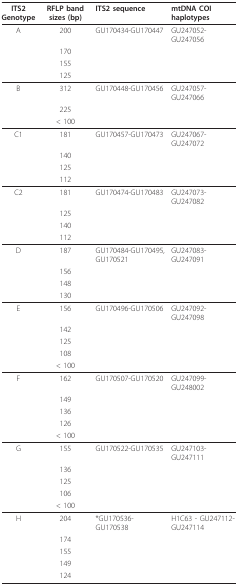
| ITS2Genotype | RFLP band sizes (bp) | ITS2 sequence | mtDNA COI haplotypes |
 | --- | --- | --- | --- |
 | A | 200 | GU170434-GU170447 | GU247052-GU247056 |
 |  | 170 |  |  |
 |  | 155 |  |  |
 |  | 125 |  |  |
 | B | 312 | GU170448-GU170456 | GU247057-GU247066 |
 |  | 225 |  |  |
 |  | < 100 |  |  |
 | C1 | 181 | GU170457-GU170473 | GU247067-GU247072 |
 |  | 140 |  |  |
 |  | 125 |  |  |
 |  | 112 |  |  |
 | C2 | 181 | GU170474-GU170483 | GU247073-GU247082 |
 |  | 125 |  |  |
 |  | 140 |  |  |
 |  | 112 |  |  |
 | D | 187 | GU170484-GU170495, GU170521 | GU247083-GU247091 |
 |  | 156 |  |  |
 |  | 148 |  |  |
 |  | 130 |  |  |
 | E | 156 | GU170496-GU170506 | GU247092-GU247098 |
 |  | 142 |  |  |
 |  | 125 |  |  |
 |  | 108 |  |  |
 |  | < 100 |  |  |
 | F | 162 | GU170507-GU170520 | GU247099-GU248002 |
 |  | 149 |  |  |
 |  | 136 |  |  |
 |  | 126 |  |  |
 |  | < 100 |  |  |
 | G | 155 | GU170522-GU170535 | GU247103-GU247111 |
 |  | 136 |  |  |
 |  | 125 |  |  |
 |  | 106 |  |  |
 |  | < 100 |  |  |
 | H | 204 | *GU170536-GU170538 | H1C63 - GU247112-GU247114 |
 |  | 174 |  |  |
 |  | 155 |  |  |
 |  | 149 |  |  |
 |  | 124 |  |  |